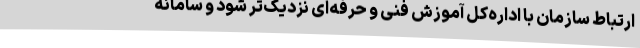
ارتباط سازمان با اداره‌کل آموزش فنی و حرفه‌ای نزدیک‌تر شود و سامانه